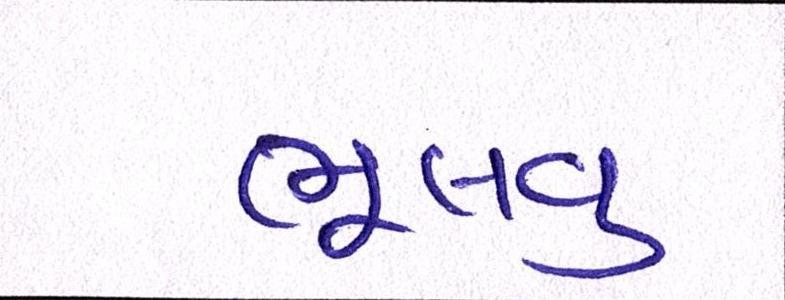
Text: ભૂલવુ